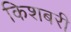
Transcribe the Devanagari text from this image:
किशबरी